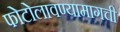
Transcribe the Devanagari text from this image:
फोटोलावण्यामागची